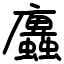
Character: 蠯